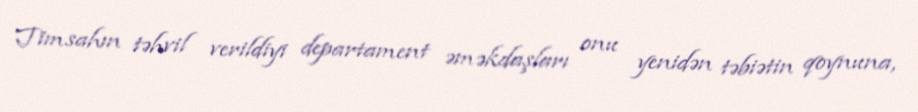
Timsahın təhvil verildiyi departament əməkdaşları onu yenidən təbiətin qoynuna,